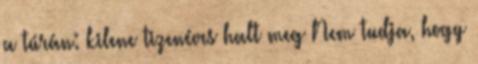
a túrán: kilenc tizenéves halt meg Nem tudja, hogy